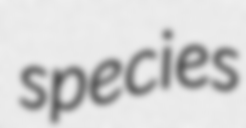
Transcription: species